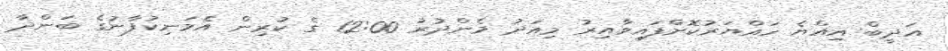
އަދީބް އިއްޔެ ހައްޔަރުކޮށްފައިވާއިރު މިއަދު މެންދުރު 12:00 ގެ ކުރިން އެމަނިކުފާނުގެ ބަންދާ